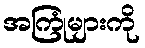
အကြုံများကို